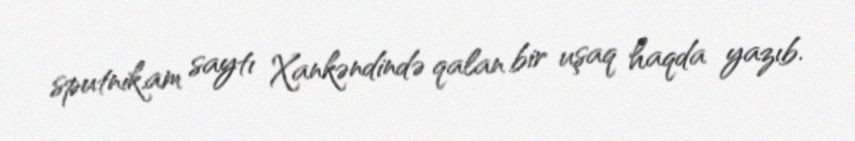
sputnik.am saytı Xankəndində qalan bir uşaq haqda yazıb.